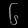
Digit: ၆